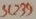
Text: SC239